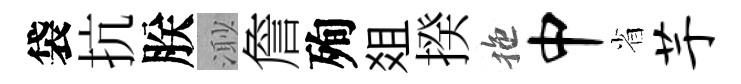
袋抗朕𣺌詹殉爼揆拖中省芋